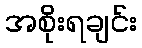
အစိုးရချင်း